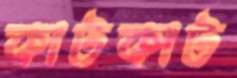
কাটকাট